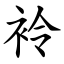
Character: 袊